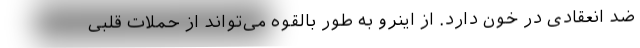
ضد انعقادی در خون دارد. از اینرو به طور بالقوه می‌تواند از حملات قلبی